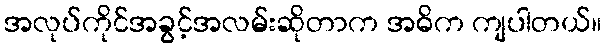
အလုပ်ကိုင်အခွင့်အလမ်းဆိုတာက အဓိက ကျပါတယ်။